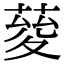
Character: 𦴅